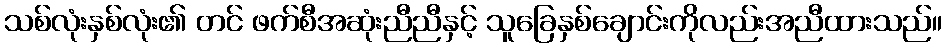
သစ်လုံးနှစ်လုံး၏ တင် ဖက်စီအဆုံးညီညီနှင့် သူခြေနှစ်ချောင်းကိုလည်းအညီထားသည်။